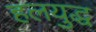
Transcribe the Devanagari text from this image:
हलयुद्ध